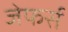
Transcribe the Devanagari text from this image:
जेफर्स